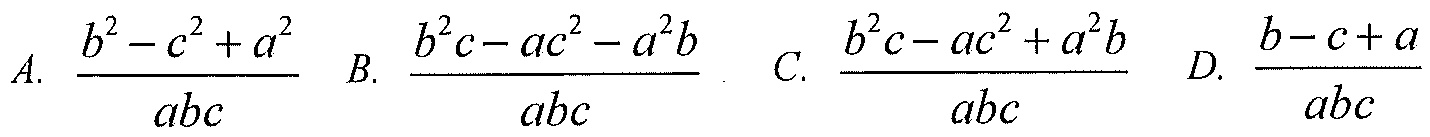
A. $\dfrac{b^{2}-c^{2}+a^{2}}{abc}$  B. $\dfrac{b^{2}c - ac^{2}-a^{2}b}{abc}$  C. $\dfrac{b^{2}c - ac^{2}+a^{2}b}{abc}$  D. $\dfrac{b - c + a}{abc}$